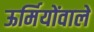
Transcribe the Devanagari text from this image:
ऊर्मियोंवाले